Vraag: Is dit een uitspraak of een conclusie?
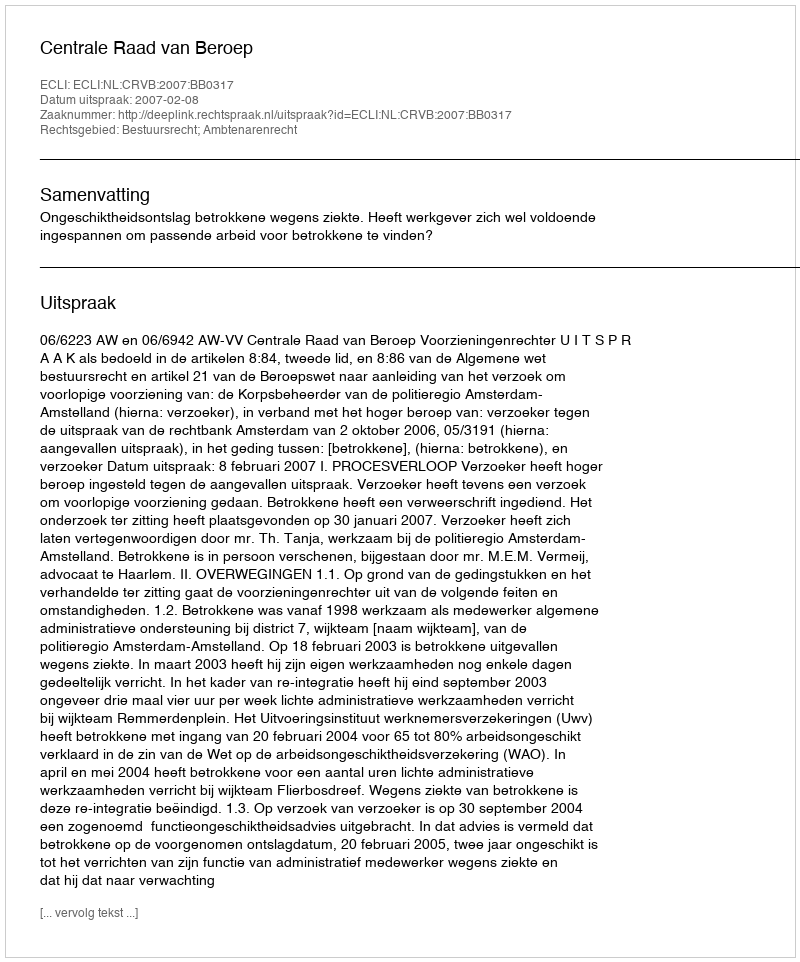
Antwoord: Uitspraak